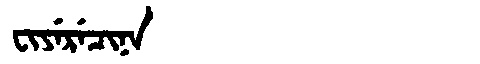
Manchu: ᠸᡳᠶᡝᡵᡝᠴᡳᠨᠠ
Romanization: FIYERECINA